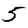
Digit: 5